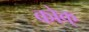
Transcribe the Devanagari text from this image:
कोक्